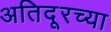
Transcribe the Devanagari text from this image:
अतिदूरच्या